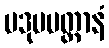
ပဒုမပတ္တာနံ